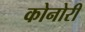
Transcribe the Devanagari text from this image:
कोनोरी